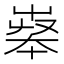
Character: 𡴝